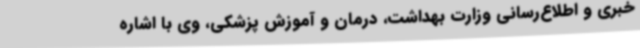
خبری و اطلاع‌رسانی وزارت بهداشت، درمان و آموزش پزشکی، وی با اشاره